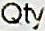
QTY